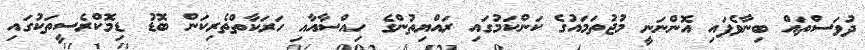
ދުވަސްތައް ބިނާވެފައި އޮންނަނީ މުޖުތަމައުގެ ކަންކަމުގައި ރައްޔިތުންގެ ހިއްސާއާއި ހަރަކާތްތެރިކަން ބޮޑު ޑިމޮކްރެސީތަކުގައި